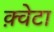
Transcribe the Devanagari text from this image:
क़्वेटा